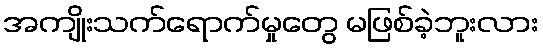
အကျိုးသက်ရောက်မှုတွေ မဖြစ်ခဲ့ဘူးလား